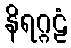
နိရဂ္ဂဠံ